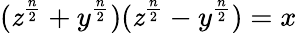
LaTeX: (\mathit{z}^{\frac{{n}}{{2}}}+y^{\frac{{n}}{{2}}})(\mathit{z}^{\frac{{n}}{{2}}}-y^{\frac{{n}}{{2}}})=x